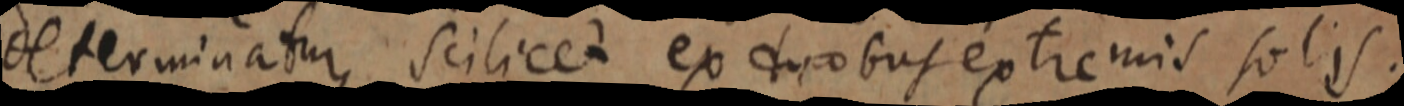
determinatur, scilicet ex duobus extremis solis.